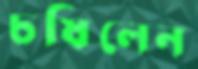
চষিলেন